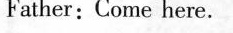
Father:Come here.